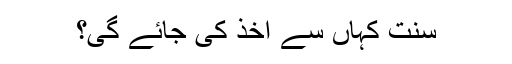
سنت کہاں سے اخذ کی جائے گی؟